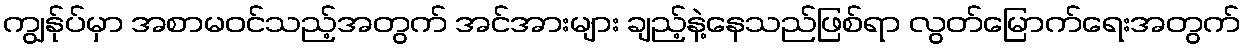
ကျွန်ုပ်မှာ အစာမဝင်သည့်အတွက် အင်အားများ ချည့်နဲ့နေသည်ဖြစ်ရာ လွတ်မြောက်ရေးအတွက်